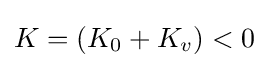
K=(K_{0}+K_{v})<0